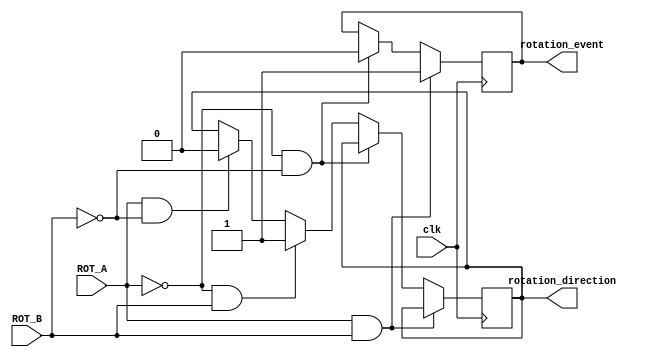
`timescale 1ns / 1ps
//////////////////////////////////////////////////////////////////////////////////
// Company: 
// Engineer: 
// 
// Design Name: 
// Module Name:    rotary_shaft 
// Project Name: 
// Target Devices: 
// Tool versions: 
// Description: 
//
// Dependencies: 
//
// Revision: 
// Revision 0.01 - File Created
// Additional Comments: 
//
//////////////////////////////////////////////////////////////////////////////////
module rotary_shaft(clk, ROT_A, ROT_B,rotation_event, rotation_direction 
    );
	 input clk, ROT_A, ROT_B;
	 output rotation_event, rotation_direction;
	 reg rotation_event, rotation_direction;
	 
	 always @(posedge clk) begin
		if(ROT_A==1 & ROT_B==1)begin
			rotation_event <=1 ;
		end
		else if(ROT_A==0 & ROT_B==0)begin
			rotation_event <= 0;
		end
		else if(ROT_A==0 & ROT_B==1)begin
			rotation_direction <= 1;
		end
		else if(ROT_A==1 & ROT_B==0)begin
			rotation_direction <= 0;
		end
	end


endmodule